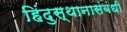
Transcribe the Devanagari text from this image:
हिंदुस्थानासंबंधी